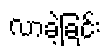
လာခဲ့ခြင်း